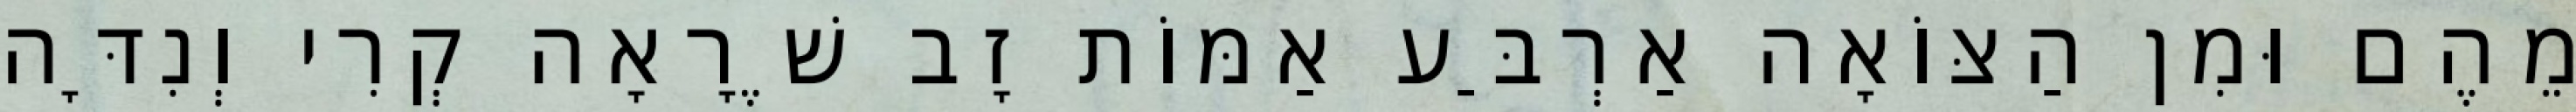
מֵהֶם וּמִן הַצּוֹאָה אַרְבַּע אַמּוֹת זָב שֶׁרָאָה קְרִי וְנִדָּה